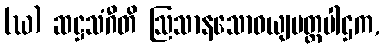
(ဃ) ဆဋ္ဌသံဂီတိ ဩသာနသောဓယျပတ္ထပါဌက,